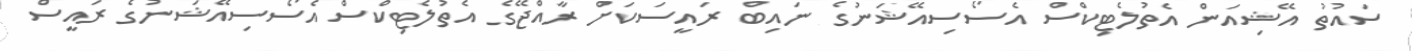
ސައުތު އޭޝިއަން އެތުލެޓިކްސް އެސޯސިއޭޝަނުގެ ނައިބް ރައީސަކަށް ރާއްޖޭގެ އެތުލެޓިކްސް އެސޯސިއޭޝަނުގެ ރައީސް